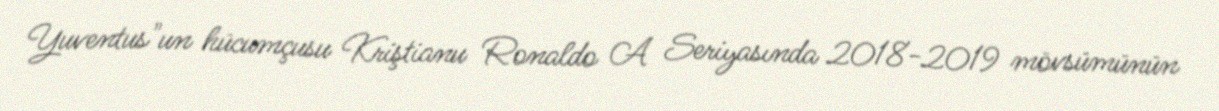
Yuventus"un hücumçusu Kriştianu Ronaldo A Seriyasında 2018-2019 mövsümünün